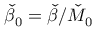
\check { \beta } _ { 0 } = \check { \beta } / \check { M } _ { 0 }